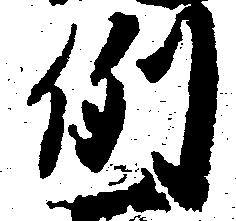
例